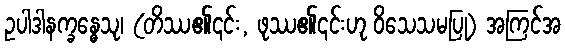
ဥပါဒါနက္ခန္ဓေသု၊ (တိဿ၏၎င်း, ဖုဿ၏၎င်းဟု ဝိသေသမပြု) အကြင်အ